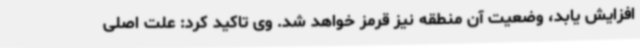
افزایش یابد، وضعیت آن منطقه نیز قرمز خواهد شد. وی تاکید کرد: علت اصلی